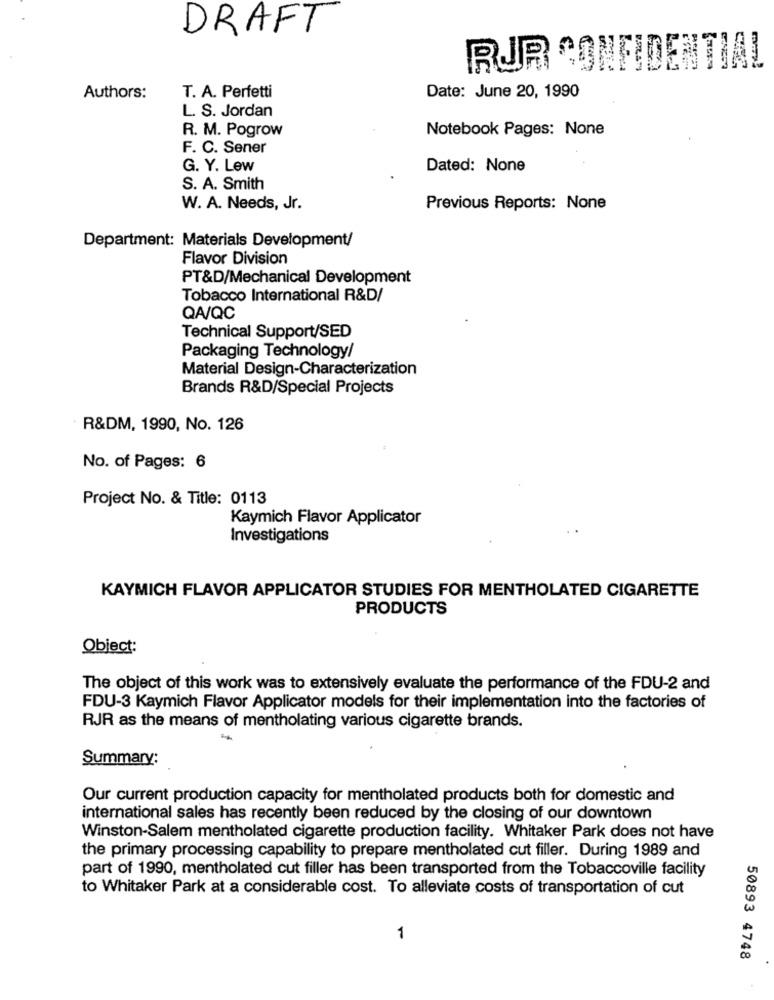
DRAFT
RUR CONFIDENTIAL
Authors:
T. A. Perfetti
Date: June 20, 1990
L. S. Jordan
R. M. Pogrow
Notebook Pages: None
F. C. Sener
G. Y. Lew
Dated: None
S. A. Smith
W. A. Needs, Jr.
Previous Reports: None
Department: Materials Development/
Flavor Division
PT&D/Mechanical Development
Tobacco International R&D/
QA/QC
Technical Support/SED
Packaging Technology/
Material Design-Characterization
Brands R&D/Special Projects
R&DM, 1990, No. 126
No. of Pages: 6
Project No. & Title: 0113
Kaymich Flavor Applicator
Investigations
KAYMICH FLAVOR APPLICATOR STUDIES FOR MENTHOLATED CIGARETTE
PRODUCTS
Object:
The object of this work was to extensively evaluate the performance of the FDU-2 and
FDU-3 Kaymich Flavor Applicator models for their implementation into the factories of
RJR as the means of mentholating various cigarette brands.
Summary:
Our current production capacity for mentholated products both for domestic and
international sales has recently been reduced by the closing of our downtown
Winston-Salem mentholated cigarette production facility. Whitaker Park does not have
the primary processing capability to prepare mentholated cut filler. During 1989 and
part of 1990, mentholated cut filler has been transported from the Tobaccoville facility
to Whitaker Park at a considerable cost. To alleviate costs of transportation of cut
1
50893 4748